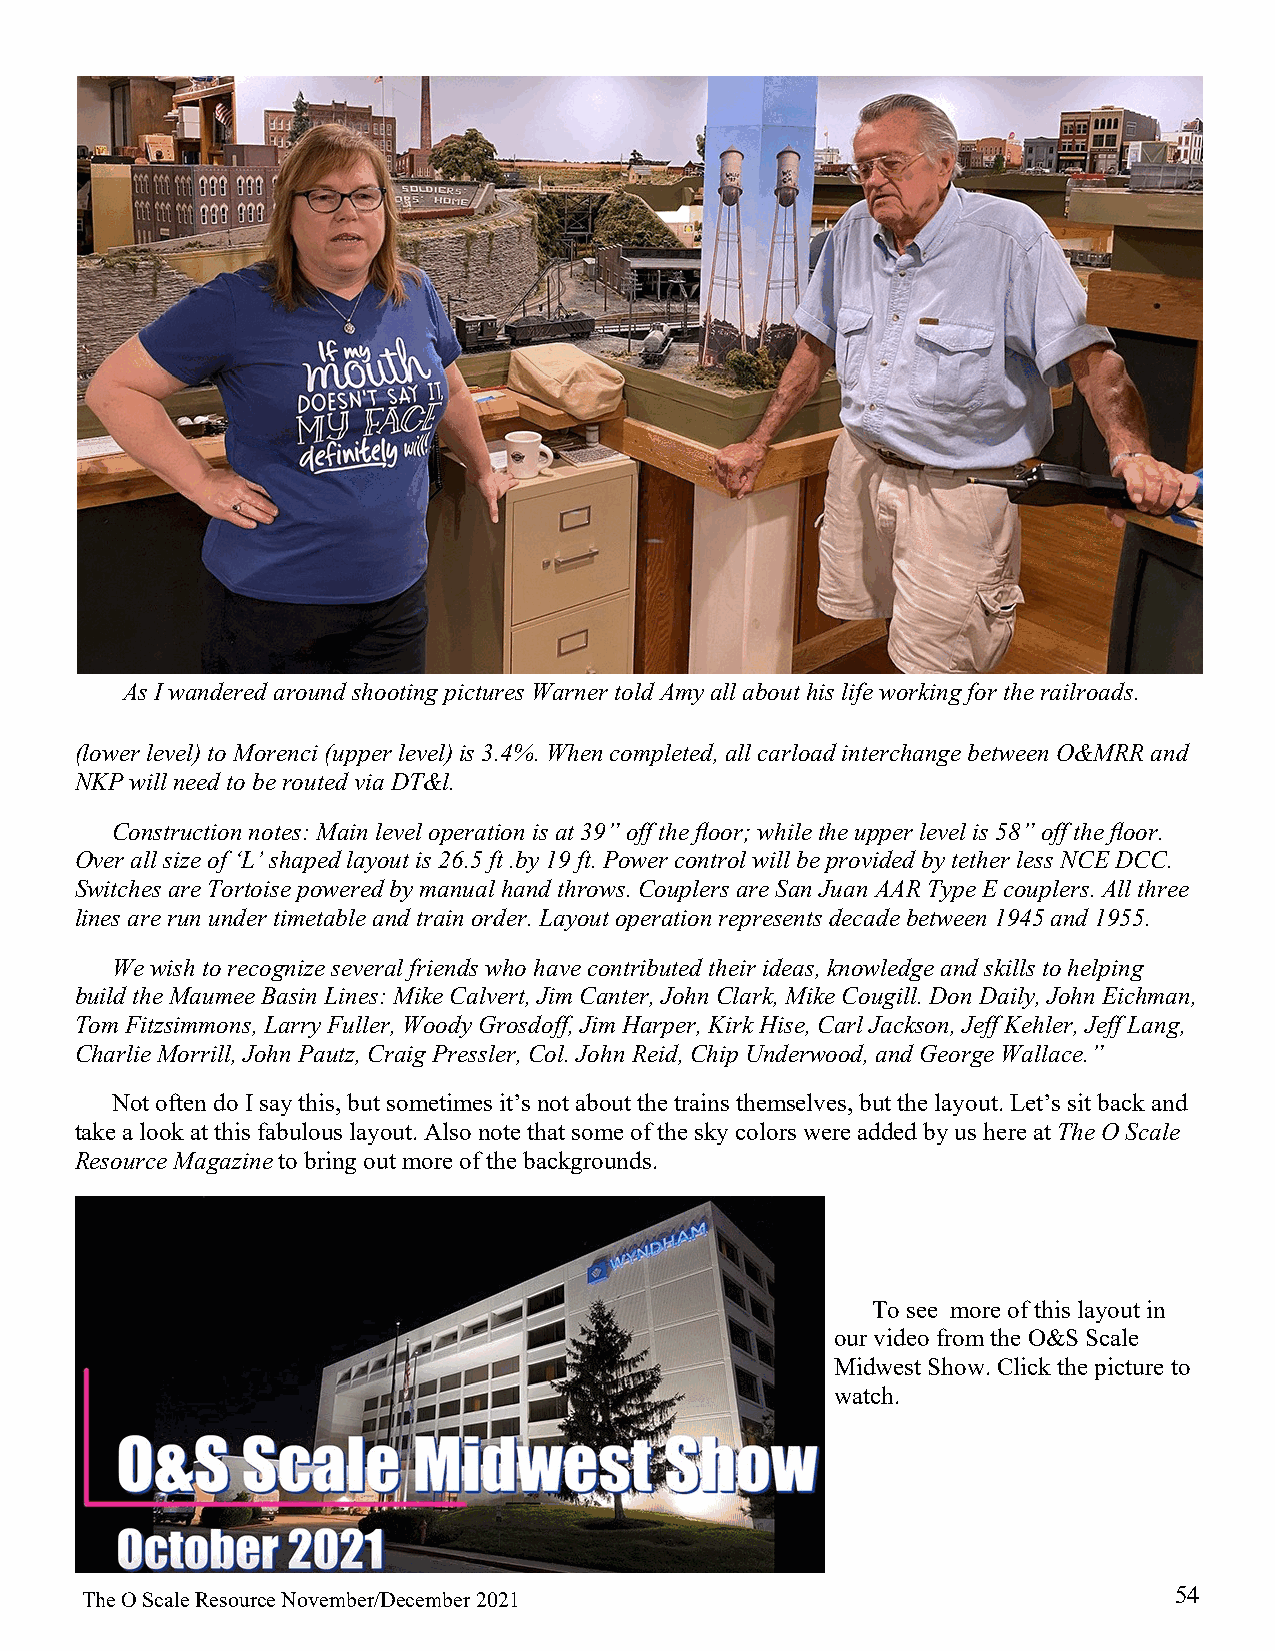
As I wandered around shooting pictures Warner told Amy all about his life working for the railroads.
 (lower level) to Morenci (upper level) is 3.4%. When completed, all carload interchange between O&MRR and
 NKP will need to be routed via DT&l.
 Construction notes: Main level operation is at 39” off the floor; while the upper level is 58” off the floor.
 Over all size of ‘L’ shaped layout is 26.5 ft .by 19 ft. Power control will be provided by tether less NCE DCC.
 Switches are Tortoise powered by manual hand throws. Couplers are San Juan AAR Type E couplers. All three
 lines are run under timetable and train order. Layout operation represents decade between 1945 and 1955.
 We wish to recognize several friends who have contributed their ideas, knowledge and skills to helping
 build the Maumee Basin Lines: Mike Calvert, Jim Canter, John Clark, Mike Cougill. Don Daily, John Eichman,
 Tom Fitzsimmons, Larry Fuller, Woody Grosdoff, Jim Harper, Kirk Hise, Carl Jackson, Jeff Kehler, Jeff Lang,
 Charlie Morrill, John Pautz, Craig Pressler, Col. John Reid, Chip Underwood, and George Wallace.”
 Not often do I say this, but sometimes it’s not about the trains themselves, but the layout. Let’s sit back and
 take a look at this fabulous layout. Also note that some of the sky colors were added by us here at The O Scale
 Resource Magazine to bring out more of the backgrounds.
 To see more of this layout in
 our video from the O&S Scale
 Midwest Show. Click the picture to
 watch.
 54
 The O Scale Resource November/December 2021